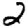
Digit: 2